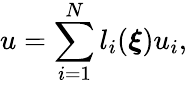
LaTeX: u=\sum_{i=1}^{N}l_{i}(\boldsymbol{\xi})u_{i},